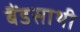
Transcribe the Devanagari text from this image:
बैंडसाथी